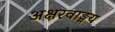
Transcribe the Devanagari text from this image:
अक्षरवाङ्मय